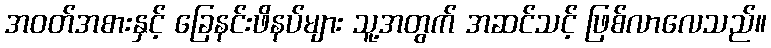
အဝတ်အစားနှင့် ခြေနင်းဖိနပ်များ သူ့အတွက် အဆင်သင့် ဖြစ်လာလေသည်။